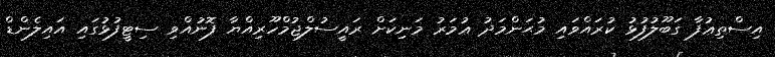
އިސްތިޢުފާ ގަބޫލުފުޅު ކުރައްވައި މުޙަންމަދު ޢުމަރު މަނިކަށް ރައީސުލްޖުމްހޫރިއްޔާ ފޮނުއްވި ސިޓީފުޅުގައި އައިލެންޑް